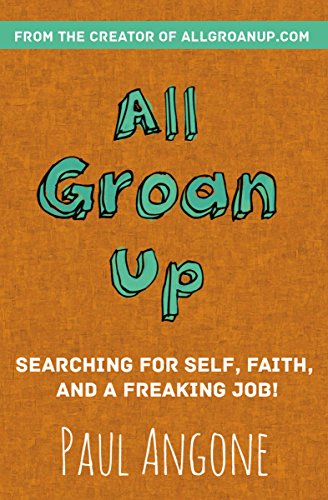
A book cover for All Groan Up: Searching for Self, Faith, and a Freaking Job!; Paul Angone; Humor & Entertainment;